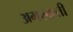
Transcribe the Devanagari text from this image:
अगरबत्‍ती